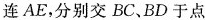
连AE，分别交BC、BD于点